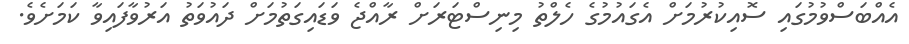
އެއްބަސްވުމުގައި ސޮއިކުރުމަށް އެގައުމުގެ ހެލްތު މިނިސްޓަރަށް ރާއްޖެ ވަޑައިގަތުމަށް ދައުވަތު އަރުވާފައިވާ ކަމަށެވެ.